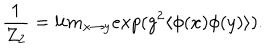
\frac { 1 } { Z _ { 2 } } = l i m _ { x \rightarrow y } e x p ( g ^ { 2 } \langle \phi ( x ) \phi ( y ) \rangle ) .